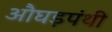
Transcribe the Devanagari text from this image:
औघड़पंथी